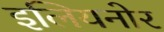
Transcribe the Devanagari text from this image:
इलियनोर